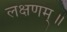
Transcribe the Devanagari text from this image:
लक्षणम्‌॥